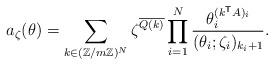
LaTeX: \begin{align*} a_\zeta (\theta) = \sum_{k \in (\mathbb{Z}/m\mathbb{Z})^N} \zeta^{\overline{Q(k)}} \prod_{i=1}^{N} \frac{\theta_i^{(k^\mathsf{T}A)_i}}{(\theta_i ; \zeta_i)_{k_i + 1}}. \end{align*}